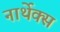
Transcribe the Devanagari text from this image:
नार्थेक्स